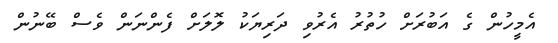
އެމީހުން ގެ އަބުރަށް ހުތުރު އެރުވި ދަރިޔަކު ލޮލަށް ފެންނަން ވެސް ބޭނުން